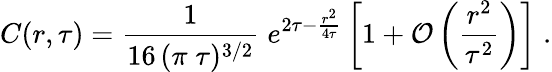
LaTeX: C(r,\tau)={\frac{1}{16\, (\pi\; \tau)^{3/2}}}\; e^{2\tau-{\frac{r^{2}}{4\tau}}}\left[1+{\cal O}\left({\frac{r^{2}}{\tau^{2}}}\right)\right]\; .